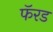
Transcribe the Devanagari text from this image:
फॅरड